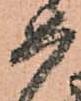
如